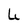
Character: U